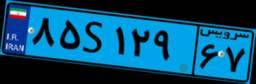
۴۵S۶۰۲۱۸